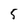
Character: 5